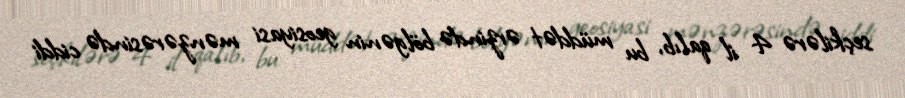
seçkilərə 4 il qalıb, bu müddət ərzində bölgənin geosiyasi mənzərəsində ciddi